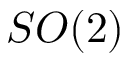
S O ( 2 )